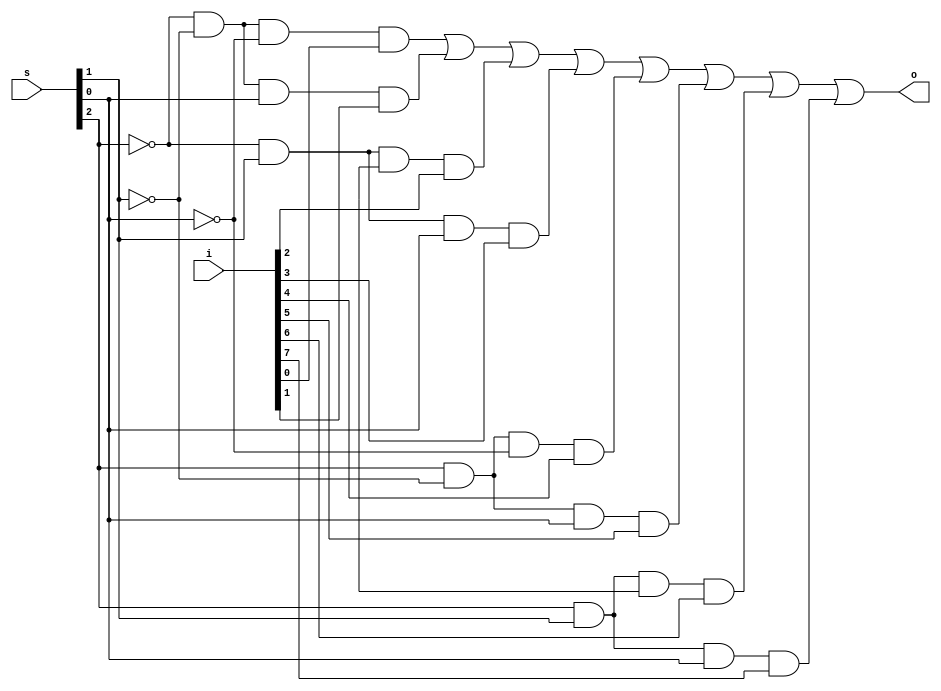
//8x1 mux using gatelvl realization
module _8X1muxx(input[7:0]i,input[2:0]s,output o);
  wire sbar0,sbar1,sbar2;
  wire a1,a2,a3,a4,a5,a6,a7,a8;
  not(sbar0,s[0]);
  not(sbar1,s[1]);
  not(sbar2,s[2]);
  and(a1,sbar2,sbar1,sbar0,i[0]);
  and(a2,sbar2,sbar1,s[0],i[1]);
  and(a3,sbar2,s[1],sbar,i[2]);
  and(a4,sbar2,s[1],s[0],i[3]);
  and(a5,s[2],sbar1,sbar0,i[4]);
  and(a6,s[2],sbar1,s[0],i[5]);
  and(a7,s[2],s[1],sbar,i[6]);
  and(a8,s[2],s[1],s[0],i[7]);
  or(o,a1,a2,a3,a4,a5,a6,a7,a8);
endmodule